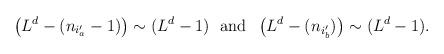
LaTeX: \begin{align*}\left(L^{d}-(n_{i'_{a}}-1)\right)\sim (L^{d}-1)\;\mbox{ and }\;\left(L^{d}-(n_{i'_{b}})\right)\sim (L^{d}-1).\end{align*}